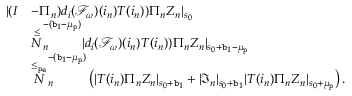
\begin{array} { r l } { | ( I } & { - \Pi _ { n } ) d _ { i } ( \mathcal { F } _ { \omega } ) ( i _ { n } ) T ( i _ { n } ) ) \Pi _ { n } Z _ { n } | _ { s _ { 0 } } } \\ & { \overset \le N _ { n } ^ { - ( \mathtt { b } _ { 1 } - \mu _ { \mathtt { p } } ) } | d _ { i } ( \mathcal { F } _ { \omega } ) ( i _ { n } ) T ( i _ { n } ) ) \Pi _ { n } Z _ { n } | _ { s _ { 0 } + \mathtt { b } _ { 1 } - \mu _ { \mathtt { p } } } } \\ & { \overset { \le _ { \mathtt { p _ { e } } } } N _ { n } ^ { - ( \mathtt { b } _ { 1 } - \mu _ { \mathtt { p } } ) } \left( | T ( i _ { n } ) \Pi _ { n } Z _ { n } | _ { s _ { 0 } + \mathtt { b } _ { 1 } } + | \mathfrak { I } _ { n } | _ { s _ { 0 } + \mathtt { b } _ { 1 } } | T ( i _ { n } ) \Pi _ { n } Z _ { n } | _ { s _ { 0 } + \mu _ { \mathtt { p } } } \right) . } \end{array}